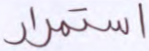
استمرار